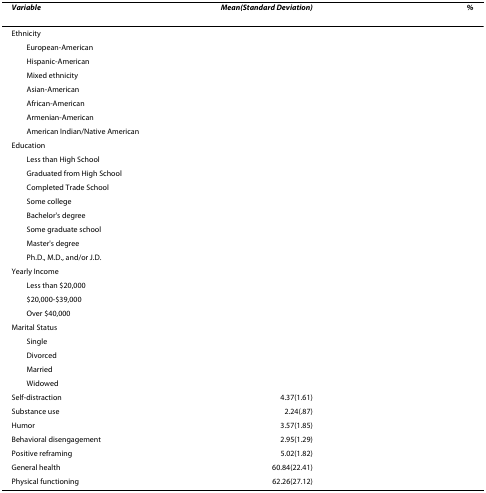
<table><thead><tr><td><b><i>Variable</i></b></td><td><b><i>Mean(Standard Deviation)</i></b></td><td><b><i>%</i></b></td></tr></thead><tbody><tr><td>Ethnicity</td><td>[EMPTY_CELL]</td><td>[EMPTY_CELL]</td></tr><tr><td> European-American</td><td>[EMPTY_CELL]</td><td>[EMPTY_CELL]</td></tr><tr><td> Hispanic-American</td><td>[EMPTY_CELL]</td><td>[EMPTY_CELL]</td></tr><tr><td> Mixed ethnicity</td><td>[EMPTY_CELL]</td><td>[EMPTY_CELL]</td></tr><tr><td> Asian-American</td><td>[EMPTY_CELL]</td><td>[EMPTY_CELL]</td></tr><tr><td> African-American</td><td>[EMPTY_CELL]</td><td>[EMPTY_CELL]</td></tr><tr><td> Armenian-American</td><td>[EMPTY_CELL]</td><td>[EMPTY_CELL]</td></tr><tr><td> American Indian/Native American</td><td>[EMPTY_CELL]</td><td>[EMPTY_CELL]</td></tr><tr><td>Education</td><td>[EMPTY_CELL]</td><td>[EMPTY_CELL]</td></tr><tr><td> Less than High School</td><td>[EMPTY_CELL]</td><td>[EMPTY_CELL]</td></tr><tr><td> Graduated from High School</td><td>[EMPTY_CELL]</td><td>[EMPTY_CELL]</td></tr><tr><td> Completed Trade School</td><td>[EMPTY_CELL]</td><td>[EMPTY_CELL]</td></tr><tr><td> Some college</td><td>[EMPTY_CELL]</td><td>[EMPTY_CELL]</td></tr><tr><td> Bachelor's degree</td><td>[EMPTY_CELL]</td><td>[EMPTY_CELL]</td></tr><tr><td> Some graduate school</td><td>[EMPTY_CELL]</td><td>[EMPTY_CELL]</td></tr><tr><td> Master's degree</td><td>[EMPTY_CELL]</td><td>[EMPTY_CELL]</td></tr><tr><td> Ph.D., M.D., and/or J.D.</td><td>[EMPTY_CELL]</td><td>[EMPTY_CELL]</td></tr><tr><td>Yearly Income</td><td>[EMPTY_CELL]</td><td>[EMPTY_CELL]</td></tr><tr><td> Less than $20,000</td><td>[EMPTY_CELL]</td><td>[EMPTY_CELL]</td></tr><tr><td> $20,000-$39,000</td><td>[EMPTY_CELL]</td><td>[EMPTY_CELL]</td></tr><tr><td> Over $40,000</td><td>[EMPTY_CELL]</td><td>[EMPTY_CELL]</td></tr><tr><td>Marital Status</td><td>[EMPTY_CELL]</td><td>[EMPTY_CELL]</td></tr><tr><td> Single</td><td>[EMPTY_CELL]</td><td>[EMPTY_CELL]</td></tr><tr><td> Divorced</td><td>[EMPTY_CELL]</td><td>[EMPTY_CELL]</td></tr><tr><td> Married</td><td>[EMPTY_CELL]</td><td>[EMPTY_CELL]</td></tr><tr><td> Widowed</td><td>[EMPTY_CELL]</td><td>[EMPTY_CELL]</td></tr><tr><td>Self-distraction</td><td>4.37(1.61)</td><td>[EMPTY_CELL]</td></tr><tr><td>Substance use</td><td>2.24(.87)</td><td>[EMPTY_CELL]</td></tr><tr><td>Humor</td><td>3.57(1.85)</td><td>[EMPTY_CELL]</td></tr><tr><td>Behavioral disengagement</td><td>2.95(1.29)</td><td>[EMPTY_CELL]</td></tr><tr><td>Positive reframing</td><td>5.02(1.82)</td><td>[EMPTY_CELL]</td></tr><tr><td>General health</td><td>60.84(22.41)</td><td>[EMPTY_CELL]</td></tr><tr><td>Physical functioning</td><td>62.26(27.12)</td><td>[EMPTY_CELL]</td></tr></tbody></table>